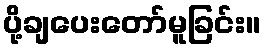
ပို့ချပေးတော်မူခြင်း။